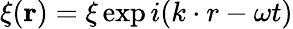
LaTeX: \xi(\mathbf r)=\xi\exp{i(k\cdot r-\omega t)}